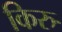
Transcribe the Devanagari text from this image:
किरु